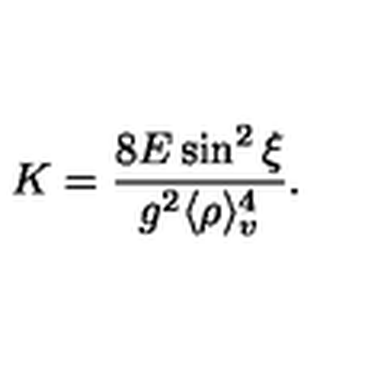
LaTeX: K = \frac { 8 E \sin ^ { 2 } { \xi } } { g ^ { 2 } \langle \rho \rangle _ { v } ^ { 4 } } .